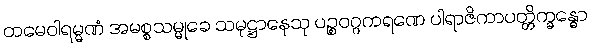
တမေဝါရမ္မဏံ အမစ္စသမ္မုခေ သမုဋ္ဌာနေသု ပဉ္စဝဂ္ဂကရဏေ ပါရာဇိကာပတ္တိက္ခန္ဓော